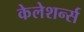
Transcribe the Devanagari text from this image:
केलेशर्न्स